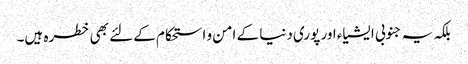
بلکہ یہ جنوبی ایشیاء اور پوری دنیا کے امن و استحکام کے لئے بھی خطرہ ہیں۔